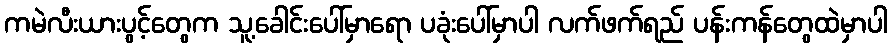
ကမဲလီးယားပွင့်တွေက သူ့ခေါင်းပေါ်မှာရော ပခုံးပေါ်မှာပါ လက်ဖက်ရည် ပန်းကန်တွေထဲမှာပါ